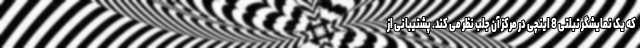
که یک نمایشگر تبلتی 8 اینچی در مرکز آن جلب نظر می کند. پشتیبانی از